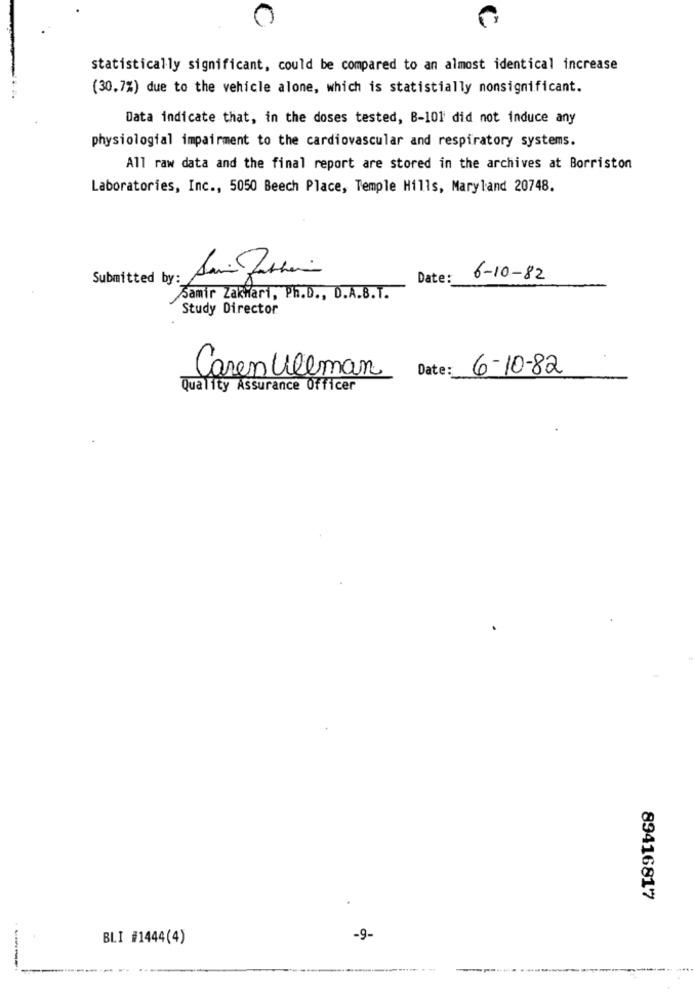
0
statistically significant, could be compared to an almost identical increase
(30.7%) due to the vehicle alone, which is statistially nonsignificant.
Data indicate that, in the doses tested, B-101 did not induce any
physiologial impairment to the cardiovascular and respiratory systems.
All raw data and the final report are stored in the archives at Borriston
Laboratories, Inc ., 5050 Beech Place, Temple Hills, Maryland 20748.
Submitted by:
Date:
6-10-82
Samir Zakwari, Ph.D ., D.A.B.T.
Study Director
Date:
6-10-82
Caren Ullman
Quality Assurance Officer
89416817
BLI #1444(4)
-9-